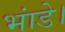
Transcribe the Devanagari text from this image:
भांडे।